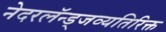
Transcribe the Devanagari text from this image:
नेदरलॅन्ड्जव्यतिरिक्त